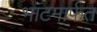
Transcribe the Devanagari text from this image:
भाटमार्फत